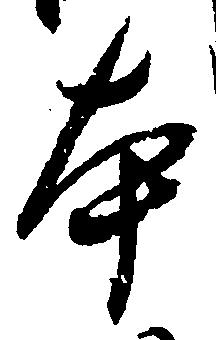
本